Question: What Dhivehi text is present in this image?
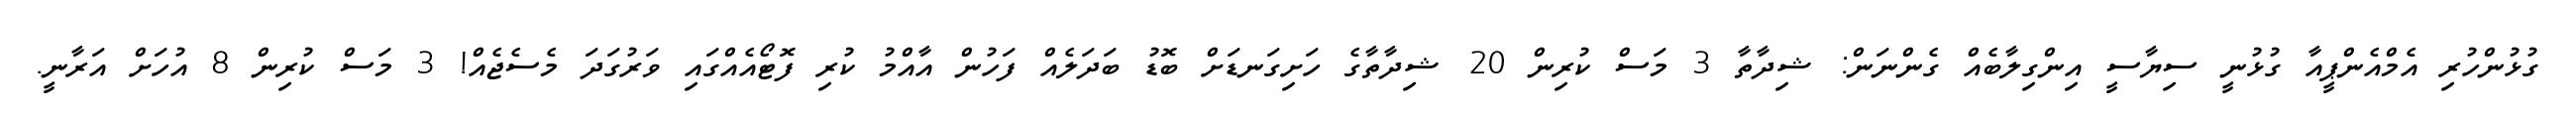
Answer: ގުޅުންހުރި އެމްއެންޕީއާ ގުޅުނީ ސިޔާސީ އިންގިލާބެއް ގެންނަން: ޝިދާތާ 3 މަސް ކުރިން 20 ޝިދާތާގެ ހަށިގަނޑަށް ބޮޑު ބަދަލެއް ފަހުން އާއްމު ކުރި ފޮޓޯއެއްގައި ވަރުގަދަ މެސެޖެއް! 3 މަސް ކުރިން 8 އުހަށް އަރާނީ.